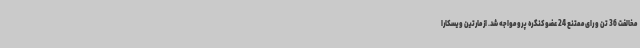
مخالفت 36 تن و رای ممتنع 24 عضو کنگره پرو مواجه شد. از مارتین ویسکارا